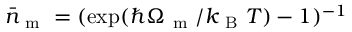
\bar { n } _ { \mathrm { ~ m ~ } } = ( \exp ( \hbar \Omega _ { \mathrm { ~ m ~ } } / k _ { \mathrm { ~ B ~ } } T ) - 1 ) ^ { - 1 }